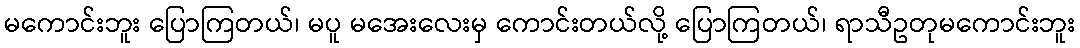
မကောင်းဘူး ပြောကြတယ်၊ မပူ မအေးလေးမှ ကောင်းတယ်လို့ ပြောကြတယ်၊ ရာသီဥတုမကောင်းဘူး